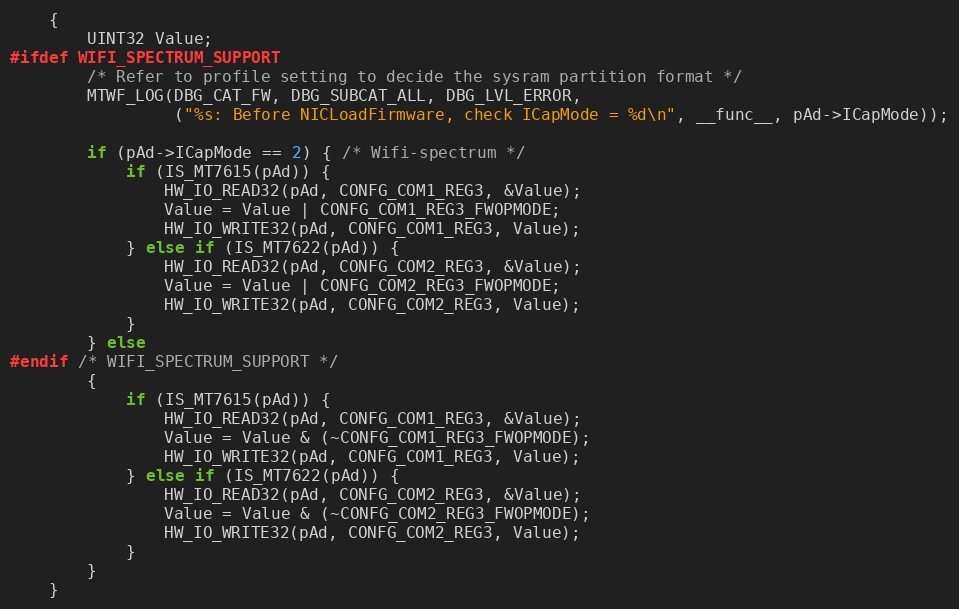
Language: C
	{
		UINT32 Value;
#ifdef WIFI_SPECTRUM_SUPPORT
		/* Refer to profile setting to decide the sysram partition format */
		MTWF_LOG(DBG_CAT_FW, DBG_SUBCAT_ALL, DBG_LVL_ERROR,
				 ("%s: Before NICLoadFirmware, check ICapMode = %d\n", __func__, pAd->ICapMode));

		if (pAd->ICapMode == 2) { /* Wifi-spectrum */
			if (IS_MT7615(pAd)) {
				HW_IO_READ32(pAd, CONFG_COM1_REG3, &Value);
				Value = Value | CONFG_COM1_REG3_FWOPMODE;
				HW_IO_WRITE32(pAd, CONFG_COM1_REG3, Value);
			} else if (IS_MT7622(pAd)) {
				HW_IO_READ32(pAd, CONFG_COM2_REG3, &Value);
				Value = Value | CONFG_COM2_REG3_FWOPMODE;
				HW_IO_WRITE32(pAd, CONFG_COM2_REG3, Value);
			}
		} else
#endif /* WIFI_SPECTRUM_SUPPORT */
		{
			if (IS_MT7615(pAd)) {
				HW_IO_READ32(pAd, CONFG_COM1_REG3, &Value);
				Value = Value & (~CONFG_COM1_REG3_FWOPMODE);
				HW_IO_WRITE32(pAd, CONFG_COM1_REG3, Value);
			} else if (IS_MT7622(pAd)) {
				HW_IO_READ32(pAd, CONFG_COM2_REG3, &Value);
				Value = Value & (~CONFG_COM2_REG3_FWOPMODE);
				HW_IO_WRITE32(pAd, CONFG_COM2_REG3, Value);
			}
		}
	}